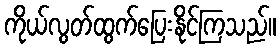
ကိုယ်လွတ်ထွက်ပြေးနိုင်ကြသည်။